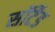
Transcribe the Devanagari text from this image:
सॉर्टेड